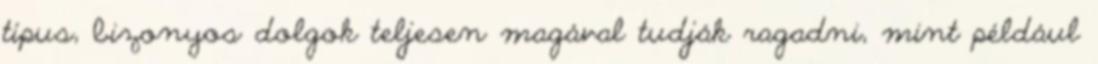
típus, bizonyos dolgok teljesen magával tudják ragadni, mint például